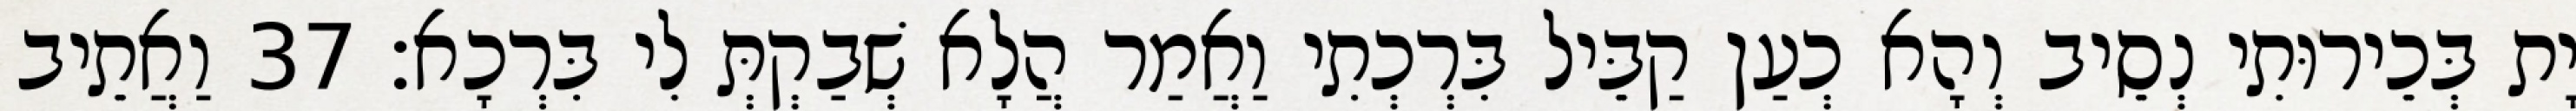
יָת בְּכֵירוּתִי נְסֵיב וְהָא כְעַן קַבֵּיל בִּרְכְתִי וַאֲמַר הֲלָא שְׁבַקְתְּ לִי בִּרְכָא׃ 37 וַאֲתֵיב